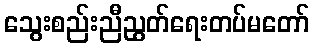
သွေးစည်းညီညွတ်ရေးတပ်မတော်